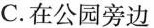
C.在公园旁边